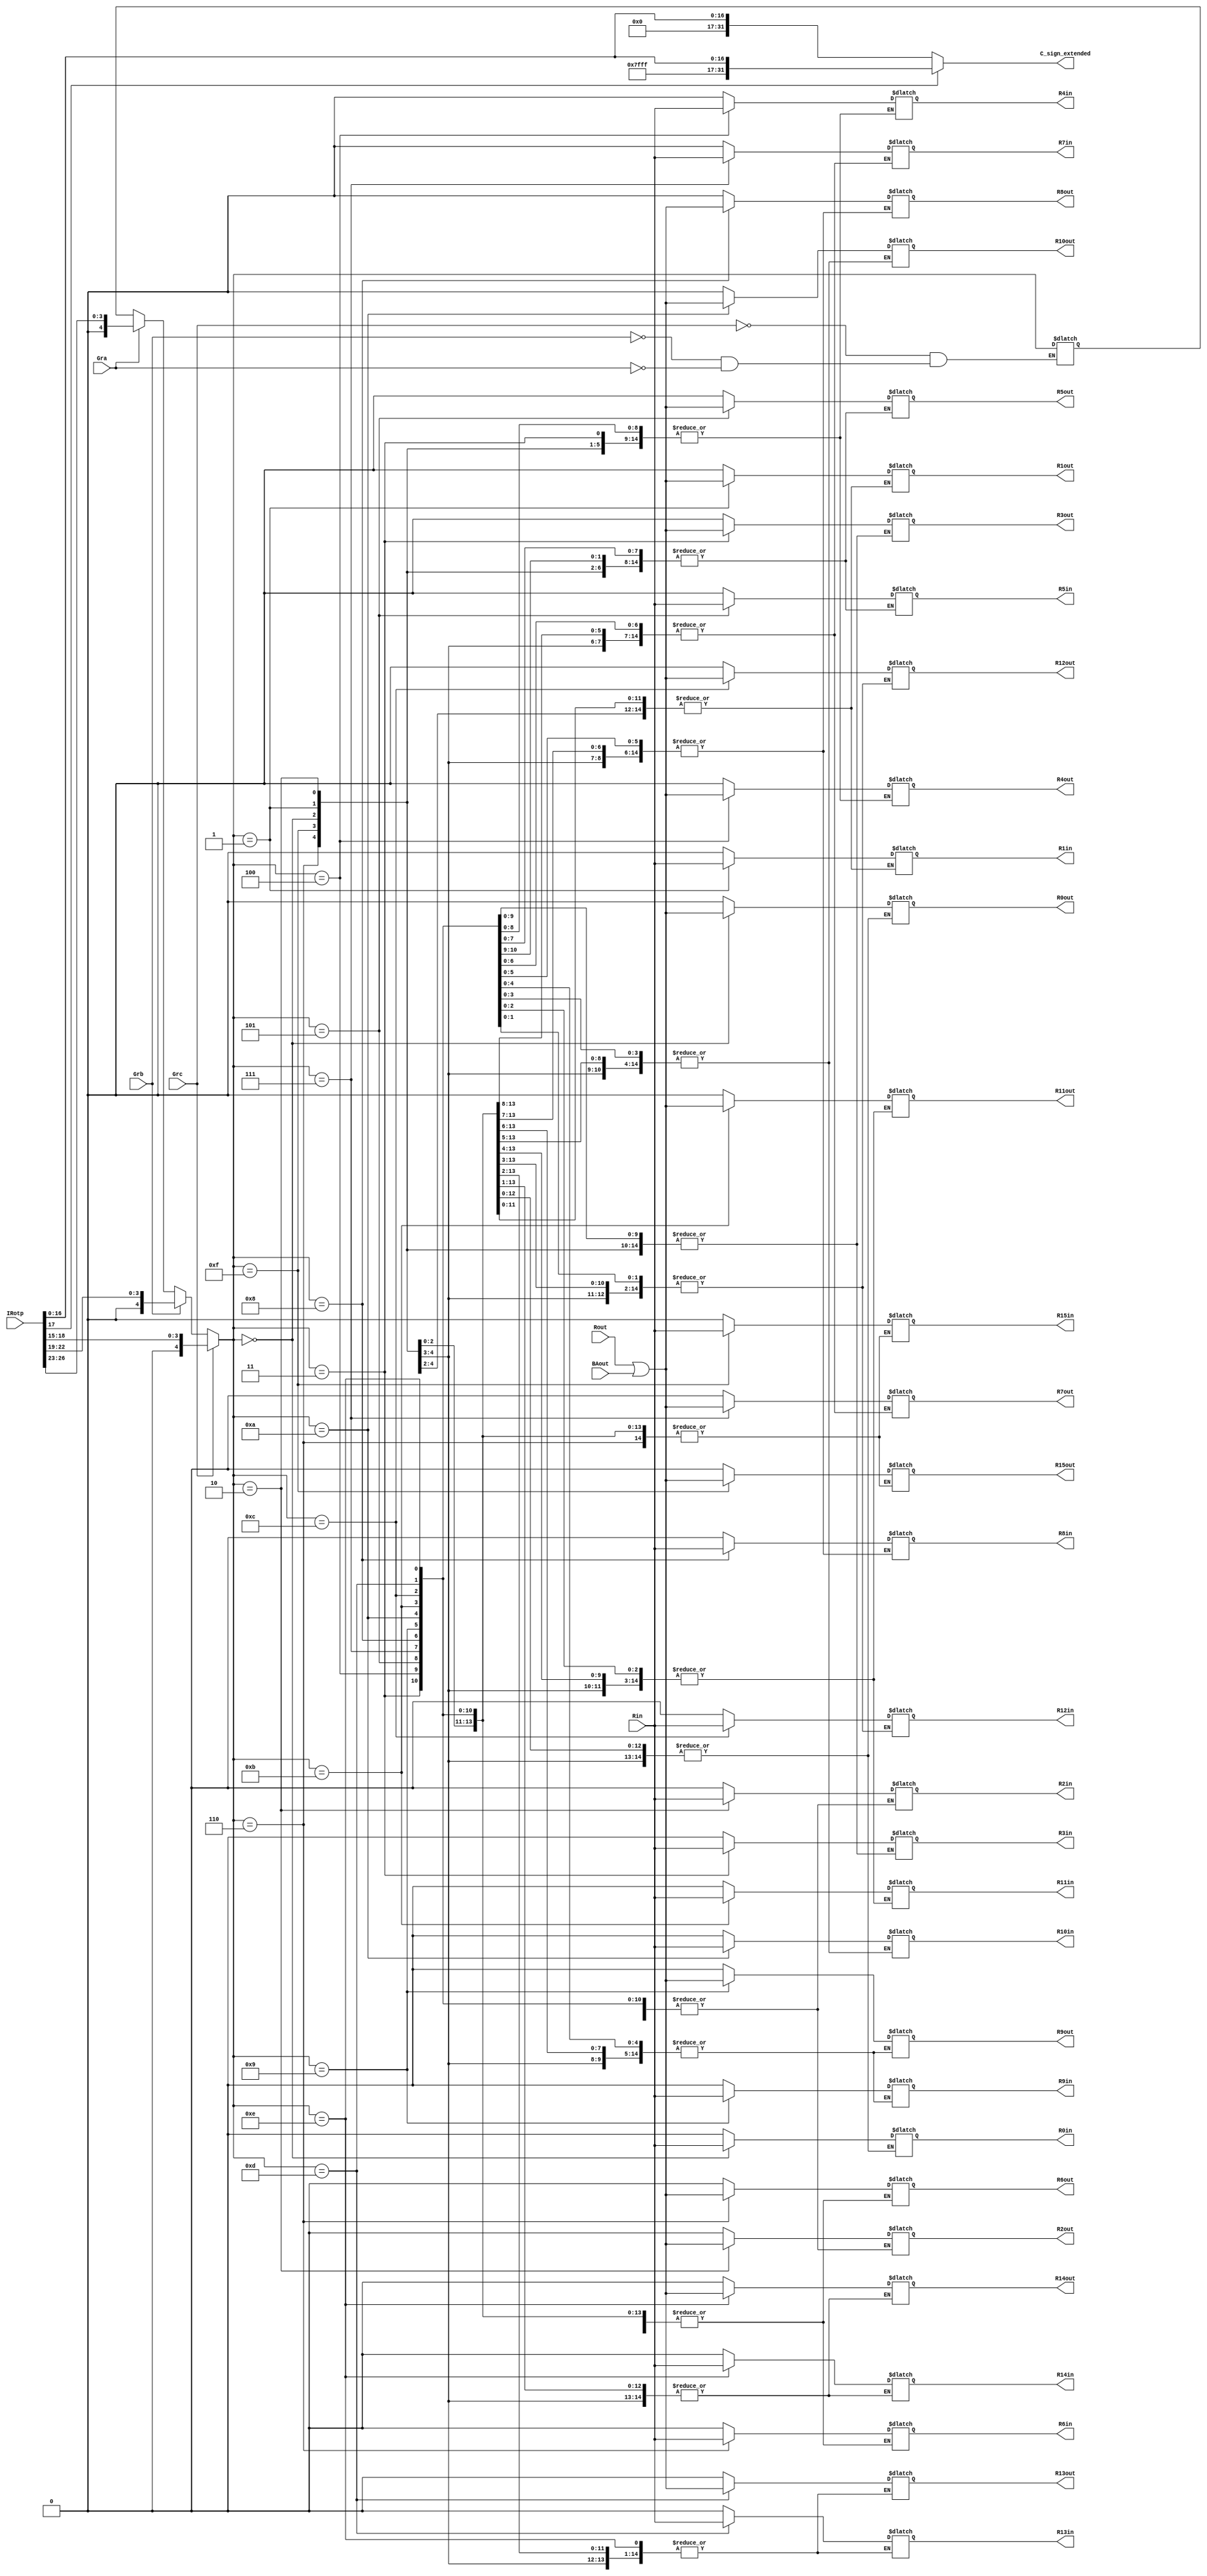
module SelectEncodeLogic (input [31:0] IRotp, input Gra, Grb, Grc, Rin, Rout, BAout, 
output reg [31:0] C_sign_extended, output reg R0in, R1in, R2in, R3in, R4in, R5in, R6in, R7in, R8in, R9in, R10in, R11in, R12in, R13in, R14in, R15in, 
output reg R0out,R1out, R2out, R3out, R4out, R5out, R6out, R7out, R8out, R9out, R10out, R11out, R12out, R13out, R14out, R15out);

	reg [4:0] Rselect;
	
	
	always @ (IRotp or Rin or Rout or BAout)begin
		if(Gra)
			Rselect = IRotp[26:23];
		if(Grb)
			Rselect = IRotp[22:19];
		if(Grc)
			Rselect = IRotp[18:15];
			
		
		case(Rselect)
			0 : R0in = Rin; 
			1 : R1in = Rin;
			2 : R2in = Rin; 
			3 : R3in = Rin; 
			4 : R4in = Rin; 
			5 : R5in = Rin; 
			6 : R6in = Rin; 
			7 : R7in = Rin; 
			8 : R8in = Rin; 
			9 : R9in = Rin; 
			10 : R10in = Rin; 
			11 : R11in = Rin; 
			12 : R12in = Rin; 
			13 : R13in = Rin; 
			14 : R14in = Rin; 
			15 : R15in = Rin; 
			default : begin 
				R15in = 0;
				R14in = 0;
				R13in = 0;
				R12in = 0;
				R11in = 0;
				R10in = 0;
				R9in = 0;
				R8in = 0;
				R7in = 0;
				R6in = 0;
				R5in = 0;
				R4in = 0;
				R3in = 0;
				R2in = 0;
				R1in = 0;
				R0in = 0;
			end
		endcase
		
		
		
	
		case(Rselect)
			0 : R0out = Rout | BAout; 
			1 : R1out = Rout | BAout;
			2 : R2out = Rout | BAout; 
			3 : R3out = Rout | BAout; 
			4 : R4out = Rout | BAout; 
			5 : R5out = Rout | BAout; 
			6 : R6out = Rout | BAout; 
			7 : R7out = Rout | BAout; 
			8 : R8out = Rout | BAout; 
			9 : R9out = Rout | BAout; 
			10 : R10out = Rout | BAout; 
			11 : R11out = Rout | BAout; 
			12 : R12out = Rout | BAout; 
			13 : R13out = Rout | BAout; 
			14 : R14out = Rout | BAout; 
			15 : R15out = Rout | BAout; 
			default : begin 
				R15out = 0;
				R14out = 0;
				R13out = 0;
				R12out = 0;
				R11out = 0;
				R10out = 0;
				R9out = 0;
				R8out = 0;
				R7out = 0;
				R6out = 0;
				R5out = 0;
				R4out = 0;
				R3out = 0;
				R2out = 0;
				R1out = 0;
				R0out = 0;
			end
		endcase
		
		
		if(IRotp[17]) 
			C_sign_extended = {14'b11111111111111, IRotp[17:0]};
		else
			C_sign_extended = {14'b0, IRotp[17:0]};
	end
endmodule